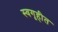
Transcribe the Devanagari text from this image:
स्वगृहीत